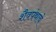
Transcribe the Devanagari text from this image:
शैवपंथाचे